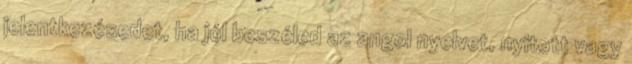
jelentkezésedet, ha jól beszéled az angol nyelvet, nyitott vagy